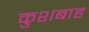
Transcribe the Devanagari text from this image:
कुशबाह